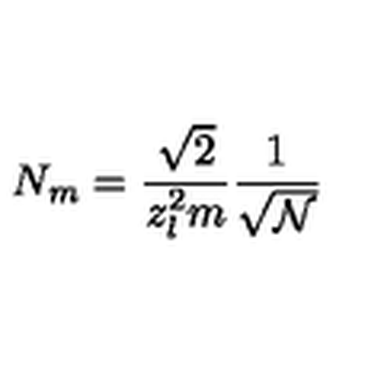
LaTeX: N _ { m } = \frac { \sqrt { 2 } } { z _ { l } ^ { 2 } m } \frac { 1 } { \sqrt { \mathcal { N } } }